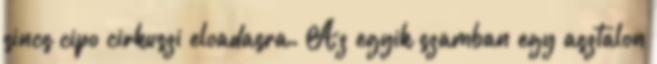
sincs cipo cirkuszi eloadasra. Az egyik szamban egy asztalon